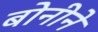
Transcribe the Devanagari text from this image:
बोनीने